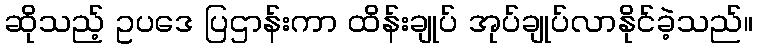
ဆိုသည့် ဥပဒေ ပြဌာန်းကာ ထိန်းချုပ် အုပ်ချုပ်လာနိုင်ခဲ့သည်။